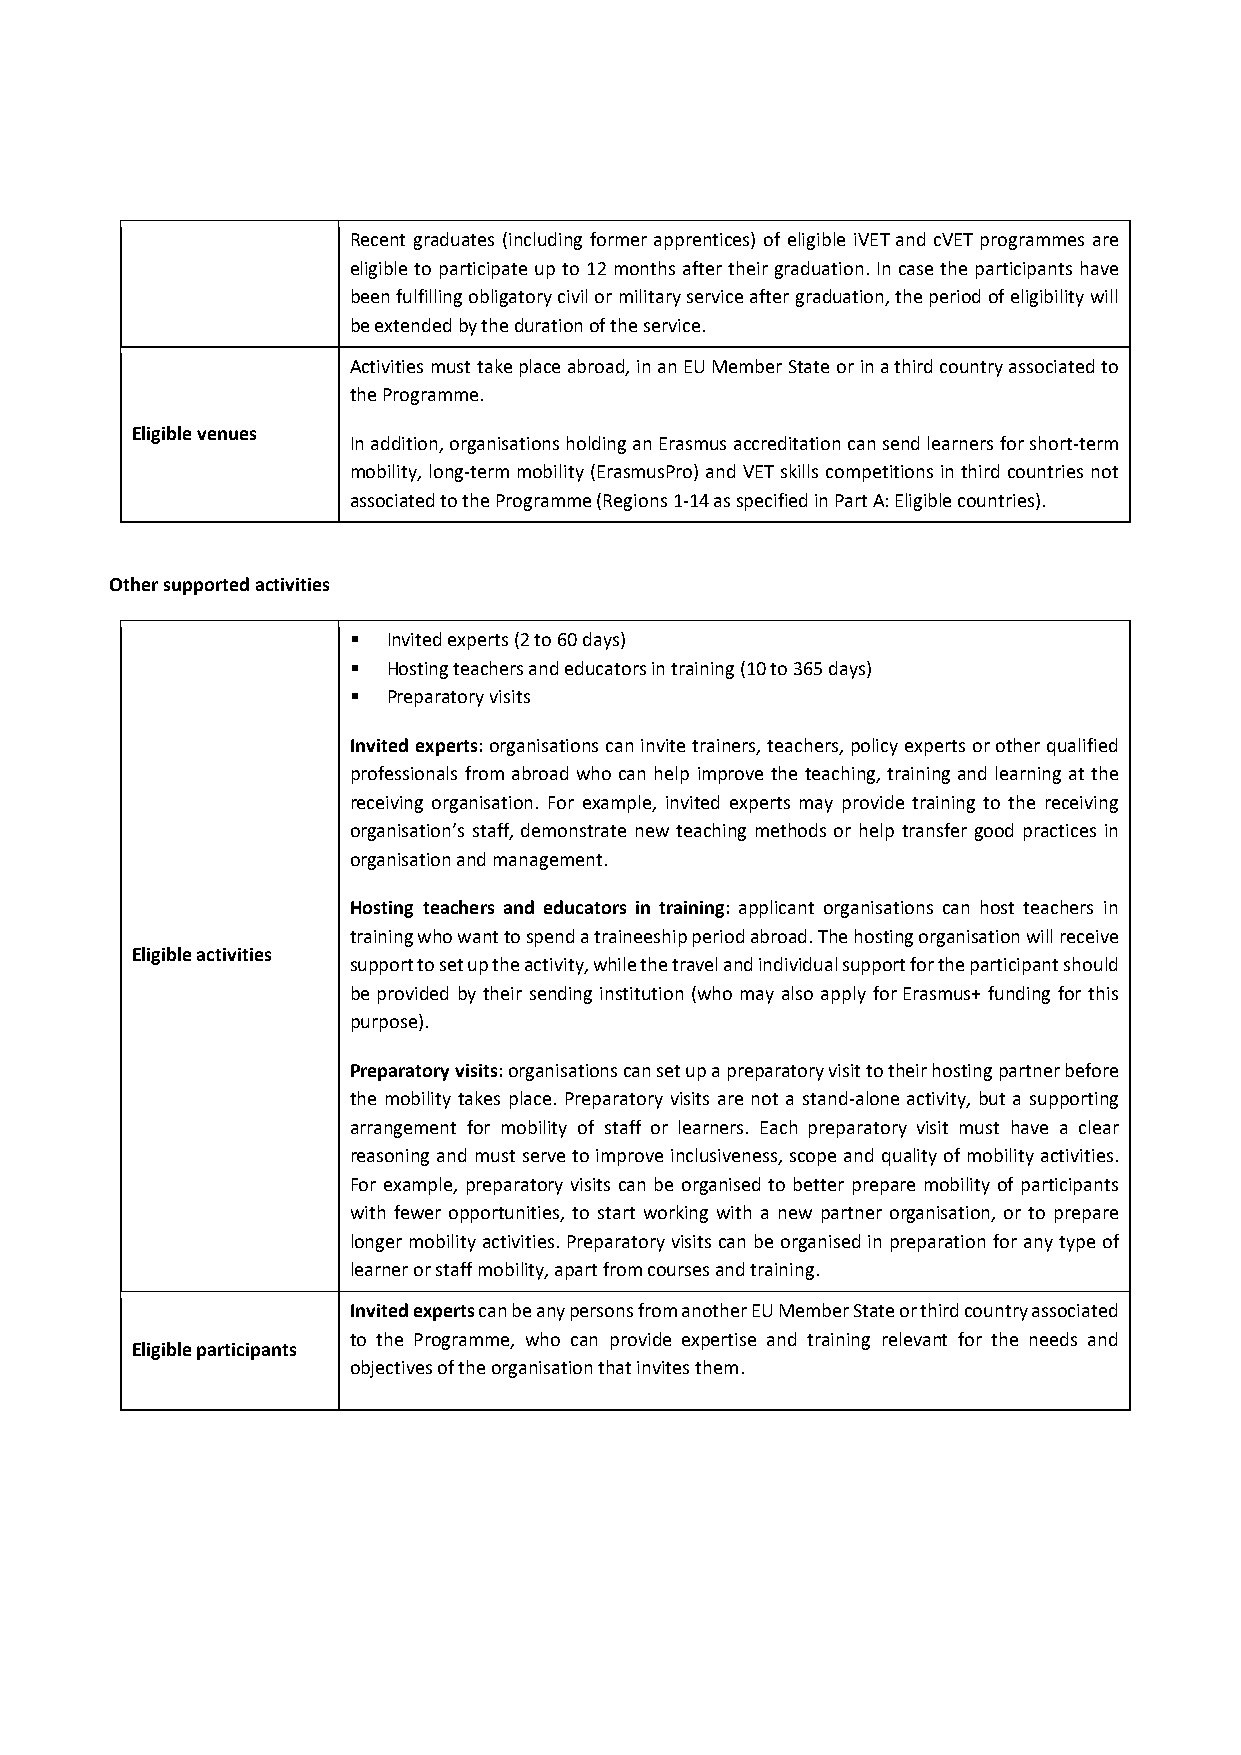
Recent graduates (including former apprentices) of eligible iVET and cVET programmes are
 eligible to participate up to 12 months after their graduation. In case the participants have
 been fulfilling obligatory civil or military service after graduation, the period of eligibility will
 be extended by the duration of the service.
 Activities must take place abroad, in an EU Member State or in a third country associated to
 the Programme.
 Eligible venues
 In addition, organisations holding an Erasmus accreditation can send learners for short‐term
 mobility, long‐term mobility (ErasmusPro) and VET skills competitions in third countries not
 associated to the Programme (Regions 1‐14 as specified in Part A: Eligible countries).
 Other supported activities
   Invited experts (2 to 60 days)
   Hosting teachers and educators in training (10 to 365 days)
   Preparatory visits
 Invited experts: organisations can invite trainers, teachers, policy experts or other qualified
 professionals from abroad who can help improve the teaching, training and learning at the
 receiving organisation. For example, invited experts may provide training to the receiving
 organisation’s staff, demonstrate new teaching methods or help transfer good practices in
 organisation and management.
 Hosting teachers and educators in training: applicant organisations can host teachers in
 training who want to spend a traineeship period abroad. The hosting organisation will receive
 Eligible activities
 support to set up the activity, while the travel and individual support for the participant should
 be provided by their sending institution (who may also apply for Erasmus+ funding for this
 purpose).
 Preparatory visits: organisations can set up a preparatory visit to their hosting partner before
 the mobility takes place. Preparatory visits are not a stand‐alone activity, but a supporting
 arrangement for mobility of staff or learners. Each preparatory visit must have a clear
 reasoning and must serve to improve inclusiveness, scope and quality of mobility activities.
 For example, preparatory visits can be organised to better prepare mobility of participants
 with fewer opportunities, to start working with a new partner organisation, or to prepare
 longer mobility activities. Preparatory visits can be organised in preparation for any type of
 learner or staff mobility, apart from courses and training.
 Invited experts can be any persons from another EU Member State or third country associated
 to the Programme, who can provide expertise and training relevant for the needs and
 Eligible participants
 objectives of the organisation that invites them.